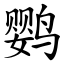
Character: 鹦